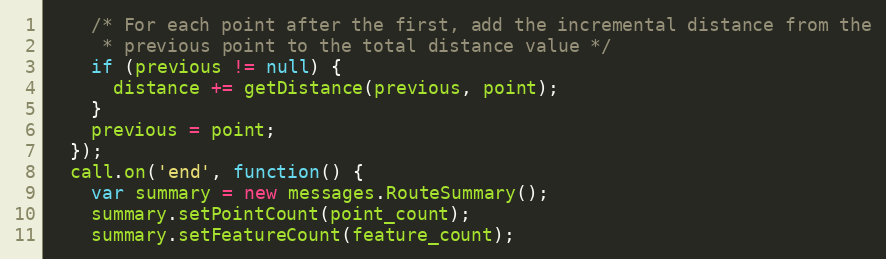
Language: JavaScript
    /* For each point after the first, add the incremental distance from the
     * previous point to the total distance value */
    if (previous != null) {
      distance += getDistance(previous, point);
    }
    previous = point;
  });
  call.on('end', function() {
    var summary = new messages.RouteSummary();
    summary.setPointCount(point_count);
    summary.setFeatureCount(feature_count);